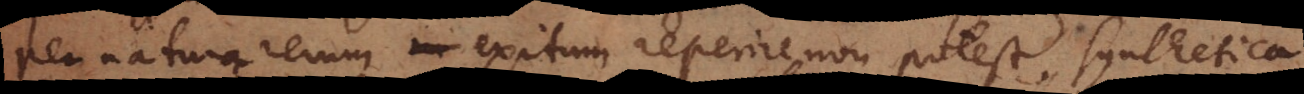
per naturam rerum exitum reperire non potest, synthetica